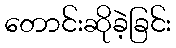
တောင်းဆိုခဲ့ခြင်း